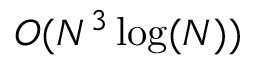
O ( N ^ { 3 } \log ( N ) )